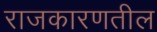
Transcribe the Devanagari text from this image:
राजकारणतील